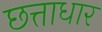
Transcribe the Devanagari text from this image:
छत्ताधार